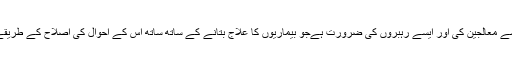
اس دور میں انسان کو ایسے معالجین کی اور ایسے رہبروں کی ضرورت ہےجو بیماریوں کا علاج بتانے کے ساتھ ساتھ اس کے احوال کی اصلاح کے طریقے بھی تجویز کرتے ہوں۔